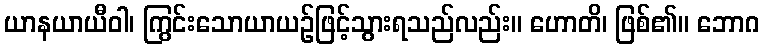
ယာနယာယီဝါ၊ ကြွင်းသောယာယဉ်ဖြင့်သွားရသည်လည်း။ ဟောတိ၊ ဖြစ်၏။ ဘောဂ